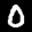
Label: 0